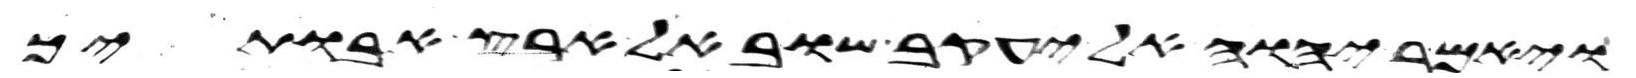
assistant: ויאמר יהוה אל יעקב שוב אל ארץ אבתיך